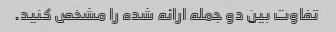
تفاوت بین دو جمله ارائه شده را مشخص کنید.